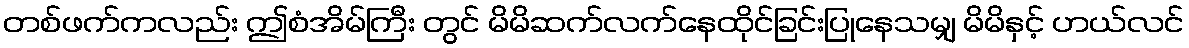
တစ်ဖက်ကလည်း ဤစံအိမ်ကြီး တွင် မိမိဆက်လက်နေထိုင်ခြင်းပြုနေသမျှ မိမိနှင့် ဟယ်လင်